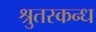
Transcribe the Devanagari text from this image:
श्रुतस्कन्ध